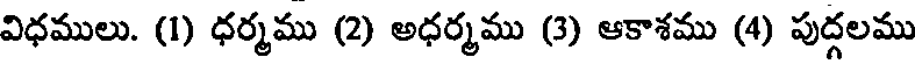
విధములు. (1) ధర్మము (2) అధర్మము (3) ఆకాశము (4) పుద్గలము